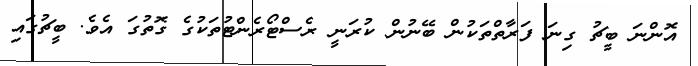
އޮންނަ ބީޗު ގިނަ ފަރާތްތަކުން ބޭނުން ކުރަނީ ރެސްޓޯރެންޓުތަކުގެ ގޮތުގަ އެވެ. ބީޗުގައި